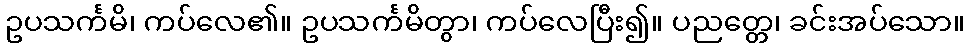
ဥပသင်္ကမိ၊ ကပ်လေ၏။ ဥပသင်္ကမိတွာ၊ ကပ်လေပြီး၍။ ပညတ္တေ၊ ခင်းအပ်သော။